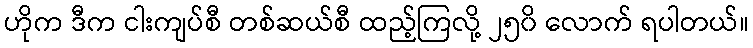
ဟိုက ဒီက ငါးကျပ်စီ တစ်ဆယ်စီ ထည့်ကြလို့ ၂၅၀ိ လောက် ရပါတယ်။